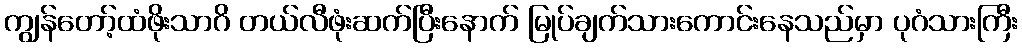
ကျွန်တော့်ထံဖိုးသာဂိ တယ်လီဖုံးဆက်ပြီးနောက် မြုပ်ချက်သားကောင်းနေသည်မှာ ပုဂံသားကြီး